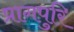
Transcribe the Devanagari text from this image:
प्रागपुरि